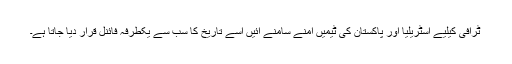
ٹرافی کیلیے آسٹریلیا اور پاکستان کی ٹیمیں آمنے سامنے آئیں اسے تاریخ کا سب سے یکطرفہ فائنل قرار دیا جاتا ہے۔